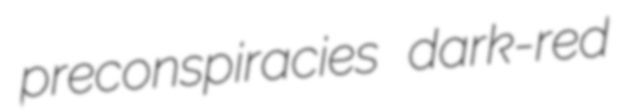
preconspiracies dark-red